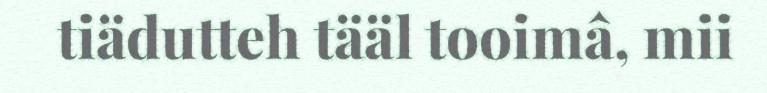
tiädutteh tääl tooimâ, mii